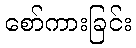
စော်ကားခြင်း